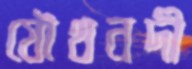
যৌথনদী